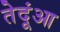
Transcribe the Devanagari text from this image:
तेदूंआ